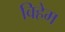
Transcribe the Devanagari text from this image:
विहेम